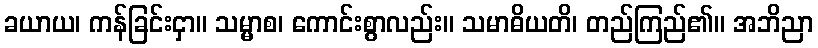
ခယာယ၊ ကန်ခြင်းငှာ။ သမ္မာစ၊ ကောင်းစွာလည်း။ သမာဓိယတိ၊ တည်ကြည်၏။ အဘိညာ